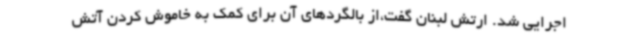
اجرایی شد. ارتش لبنان گفت،از بالگردهای آن برای کمک به خاموش کردن آتش